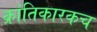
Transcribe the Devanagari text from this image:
क्रांतिकारकच